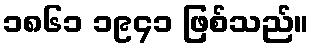
၁၈၆၁ ၁၉၄၁ ဖြစ်သည်။